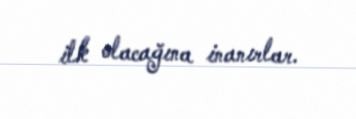
ilk olacağına inanırlar.